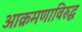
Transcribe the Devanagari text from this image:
आक्रमणाविरुद्ध